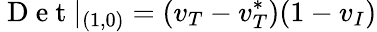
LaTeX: \mathrm{~D~e~t~}|_{(1,0)}=\left(v_{T}-v_{T}^{*}\right)(1-v_{I})